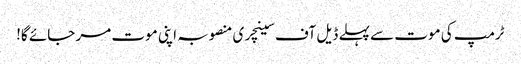
ٹرمپ کی موت سے پہلے ڈیل آف سینچری منصوبہ اپنی موت مر جائے گا!